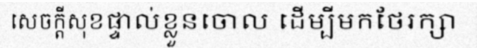
សេចក្តីសុខផ្ទាល់ខ្លួនចោល ដើម្បីមកថែរក្សា